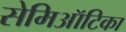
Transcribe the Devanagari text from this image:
सेमिऑटिका